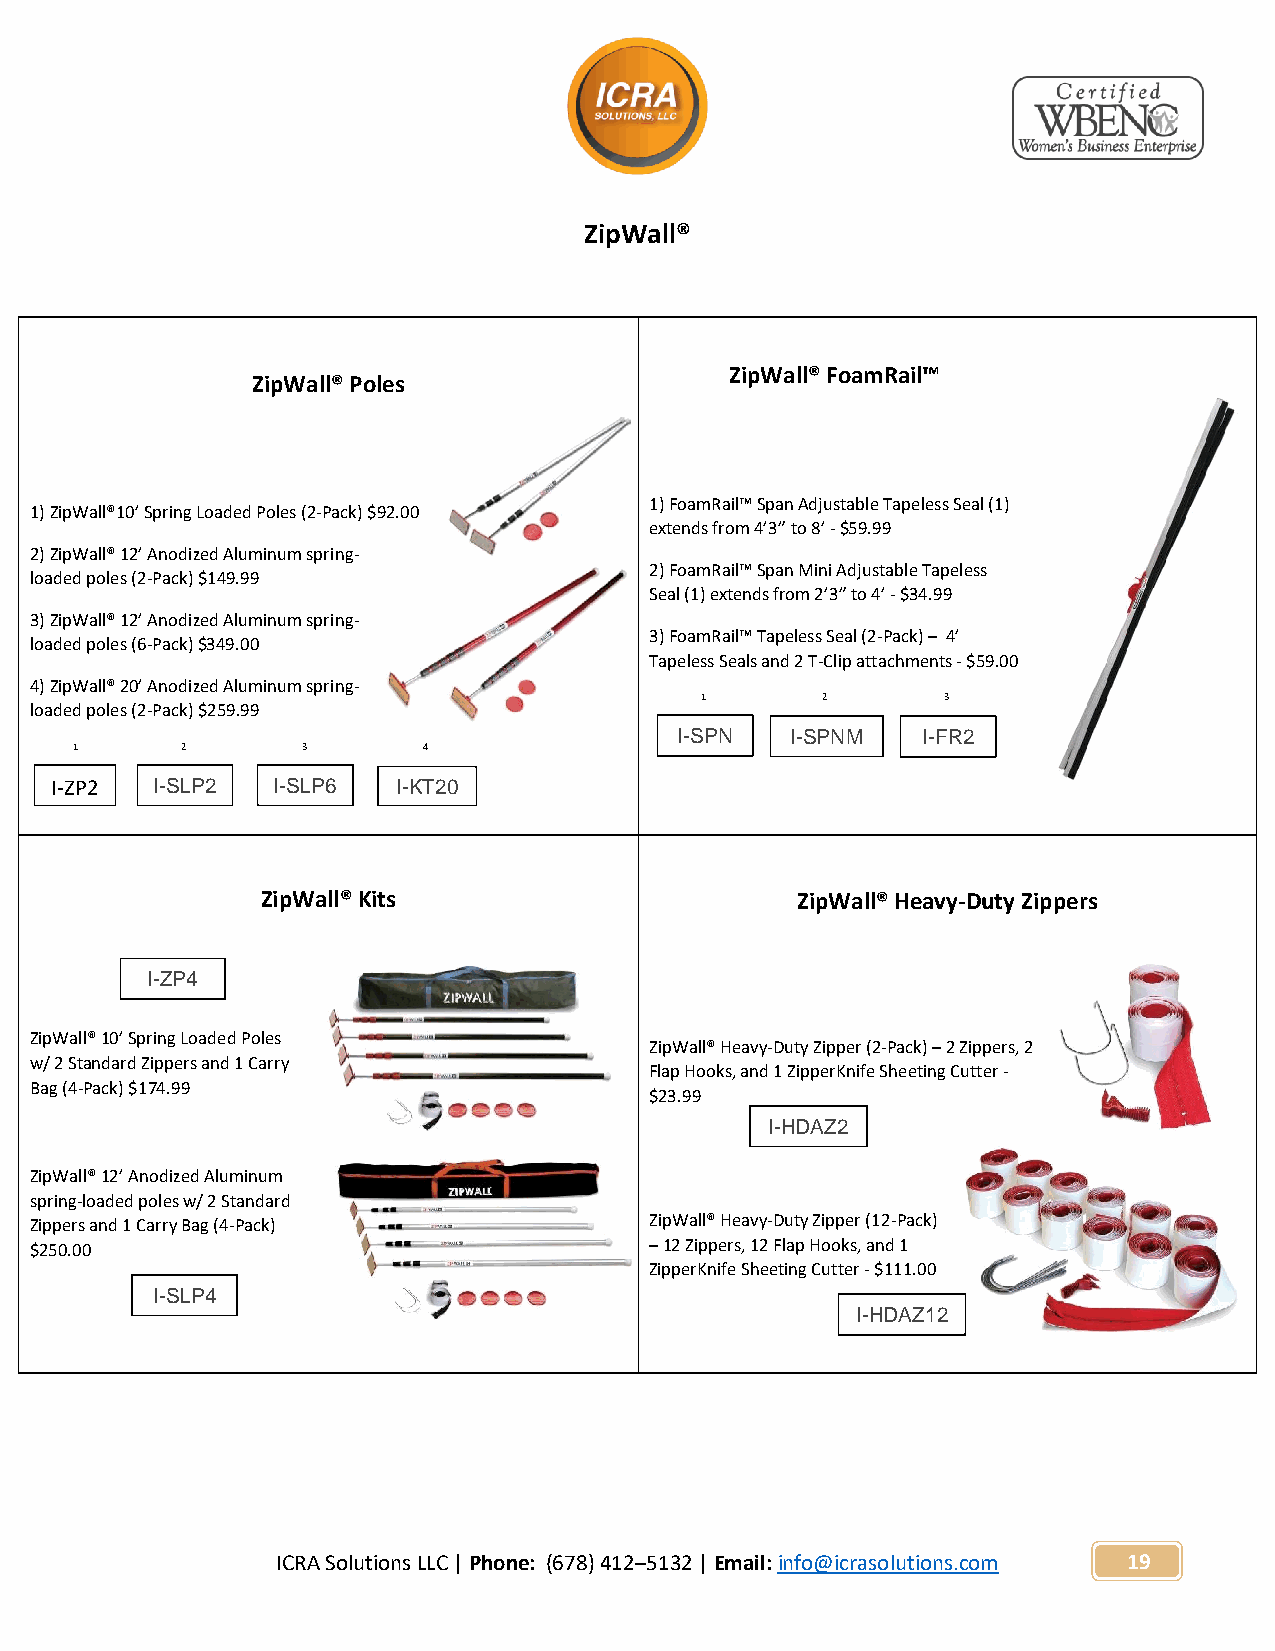
ZipWall®
 ZipWall® FoamRail™
 ZipWall® Poles
 1) FoamRail™ Span Adjustable Tapeless Seal (1)
 1) ZipWall®10’ Spring Loaded Poles (2-Pack) $92.00
 extends from 4’3” to 8’ - $59.99
 2) ZipWall® 12’ Anodized Aluminum spring-
 2) FoamRail™ Span Mini Adjustable Tapeless
 loaded poles (2-Pack) $149.99
 Seal (1) extends from 2’3” to 4’ - $34.99
 3) ZipWall® 12’ Anodized Aluminum spring-
 3) FoamRail™ Tapeless Seal (2-Pack) – 4’
 loaded poles (6-Pack) $349.00
 Tapeless Seals and 2 T-Clip attachments - $59.00
 4) ZipWall® 20’ Anodized Aluminum spring-
 1       2        3
 loaded poles (2-Pack) $259.99
 I-SPN  I-SPNM   I-FR2
 1      2       3       4
 I-ZP2  I-SLP2  I-SLP6  I-KT20
 ZipWall® Kits                       ZipWall® Heavy-Duty Zippers
 I-ZP4
 ZipWall® 10’ Spring Loaded Poles
 ZipWall® Heavy-Duty Zipper (2-Pack) – 2 Zippers, 2
 w/ 2 Standard Zippers and 1 Carry
 Flap Hooks, and 1 ZipperKnife Sheeting Cutter -
 Bag (4-Pack) $174.99
 $23.99
 I-HDAZ2
 ZipWall® 12’ Anodized Aluminum
 spring-loaded poles w/ 2 Standard
 Zippers and 1 Carry Bag (4-Pack)         ZipWall® Heavy-Duty Zipper (12-Pack)
 $250.00                                  – 12 Zippers, 12 Flap Hooks, and 1
 ZipperKnife Sheeting Cutter - $111.00
 I-SLP4
 I-HDAZ12
 ICRA Solutions LLC | Phone: (678) 412–5132 | Email: info@icrasolutions.com 19